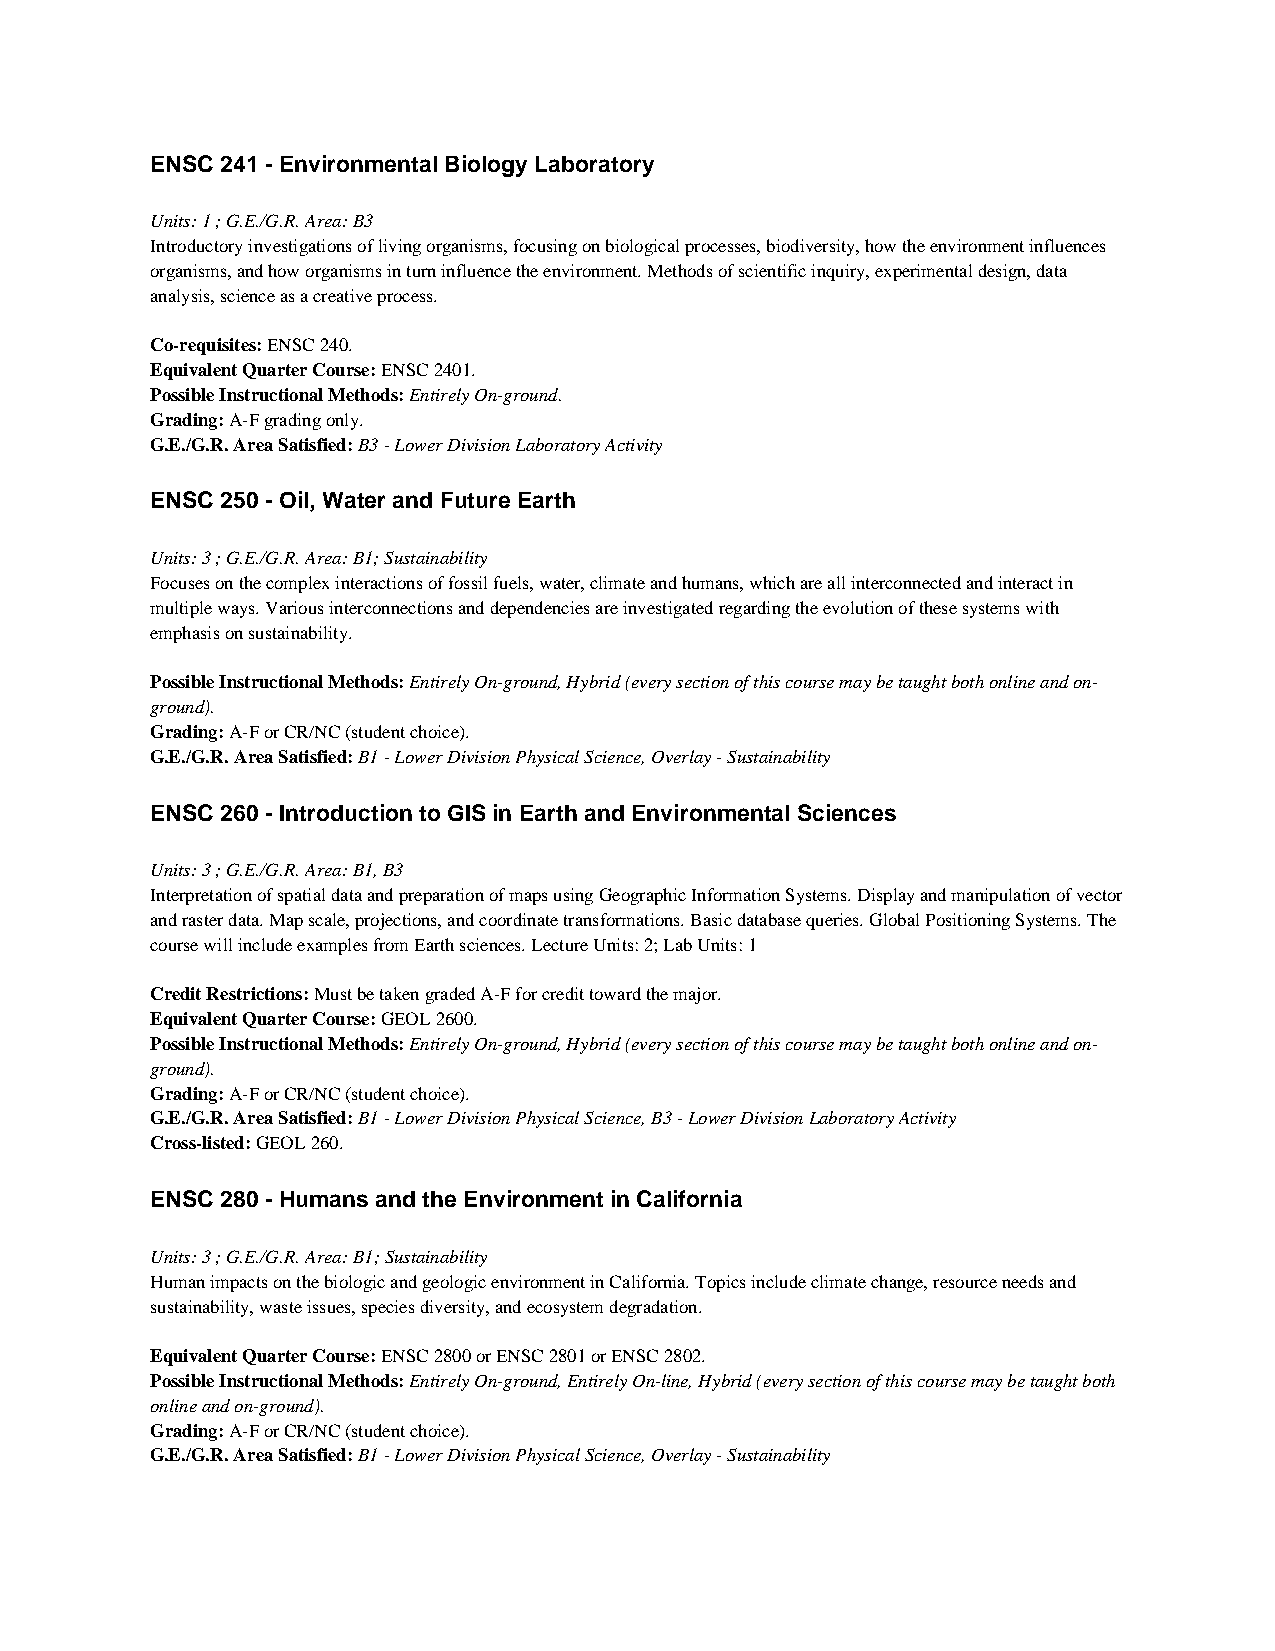
ENSC 241 - Environmental Biology Laboratory
 Units: 1 ; G.E./G.R. Area: B3
 Introductory investigations of living organisms, focusing on biological processes, biodiversity, how the environment influences
 organisms, and how organisms in turn influence the environment. Methods of scientific inquiry, experimental design, data
 analysis, science as a creative process.
 Co-requisites: ENSC 240.
 Equivalent Quarter Course: ENSC 2401.
 Possible Instructional Methods: Entirely On-ground.
 Grading: A-F grading only.
 G.E./G.R. Area Satisfied: B3 - Lower Division Laboratory Activity
 ENSC 250 - Oil, Water and Future Earth
 Units: 3 ; G.E./G.R. Area: B1; Sustainability
 Focuses on the complex interactions of fossil fuels, water, climate and humans, which are all interconnected and interact in
 multiple ways. Various interconnections and dependencies are investigated regarding the evolution of these systems with
 emphasis on sustainability.
 Possible Instructional Methods: Entirely On-ground, Hybrid (every section of this course may be taught both online and on-
 ground).
 Grading: A-F or CR/NC (student choice).
 G.E./G.R. Area Satisfied: B1 - Lower Division Physical Science, Overlay - Sustainability
 ENSC 260 - Introduction to GIS in Earth and Environmental Sciences
 Units: 3 ; G.E./G.R. Area: B1, B3
 Interpretation of spatial data and preparation of maps using Geographic Information Systems. Display and manipulation of vector
 and raster data. Map scale, projections, and coordinate transformations. Basic database queries. Global Positioning Systems. The
 course will include examples from Earth sciences. Lecture Units: 2; Lab Units: 1
 Credit Restrictions: Must be taken graded A-F for credit toward the major.
 Equivalent Quarter Course: GEOL 2600.
 Possible Instructional Methods: Entirely On-ground, Hybrid (every section of this course may be taught both online and on-
 ground).
 Grading: A-F or CR/NC (student choice).
 G.E./G.R. Area Satisfied: B1 - Lower Division Physical Science, B3 - Lower Division Laboratory Activity
 Cross-listed: GEOL 260.
 ENSC 280 - Humans and the Environment in California
 Units: 3 ; G.E./G.R. Area: B1; Sustainability
 Human impacts on the biologic and geologic environment in California. Topics include climate change, resource needs and
 sustainability, waste issues, species diversity, and ecosystem degradation.
 Equivalent Quarter Course: ENSC 2800 or ENSC 2801 or ENSC 2802.
 Possible Instructional Methods: Entirely On-ground, Entirely On-line, Hybrid (every section of this course may be taught both
 online and on-ground).
 Grading: A-F or CR/NC (student choice).
 G.E./G.R. Area Satisfied: B1 - Lower Division Physical Science, Overlay - Sustainability